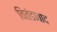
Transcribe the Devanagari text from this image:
वितंडावाद